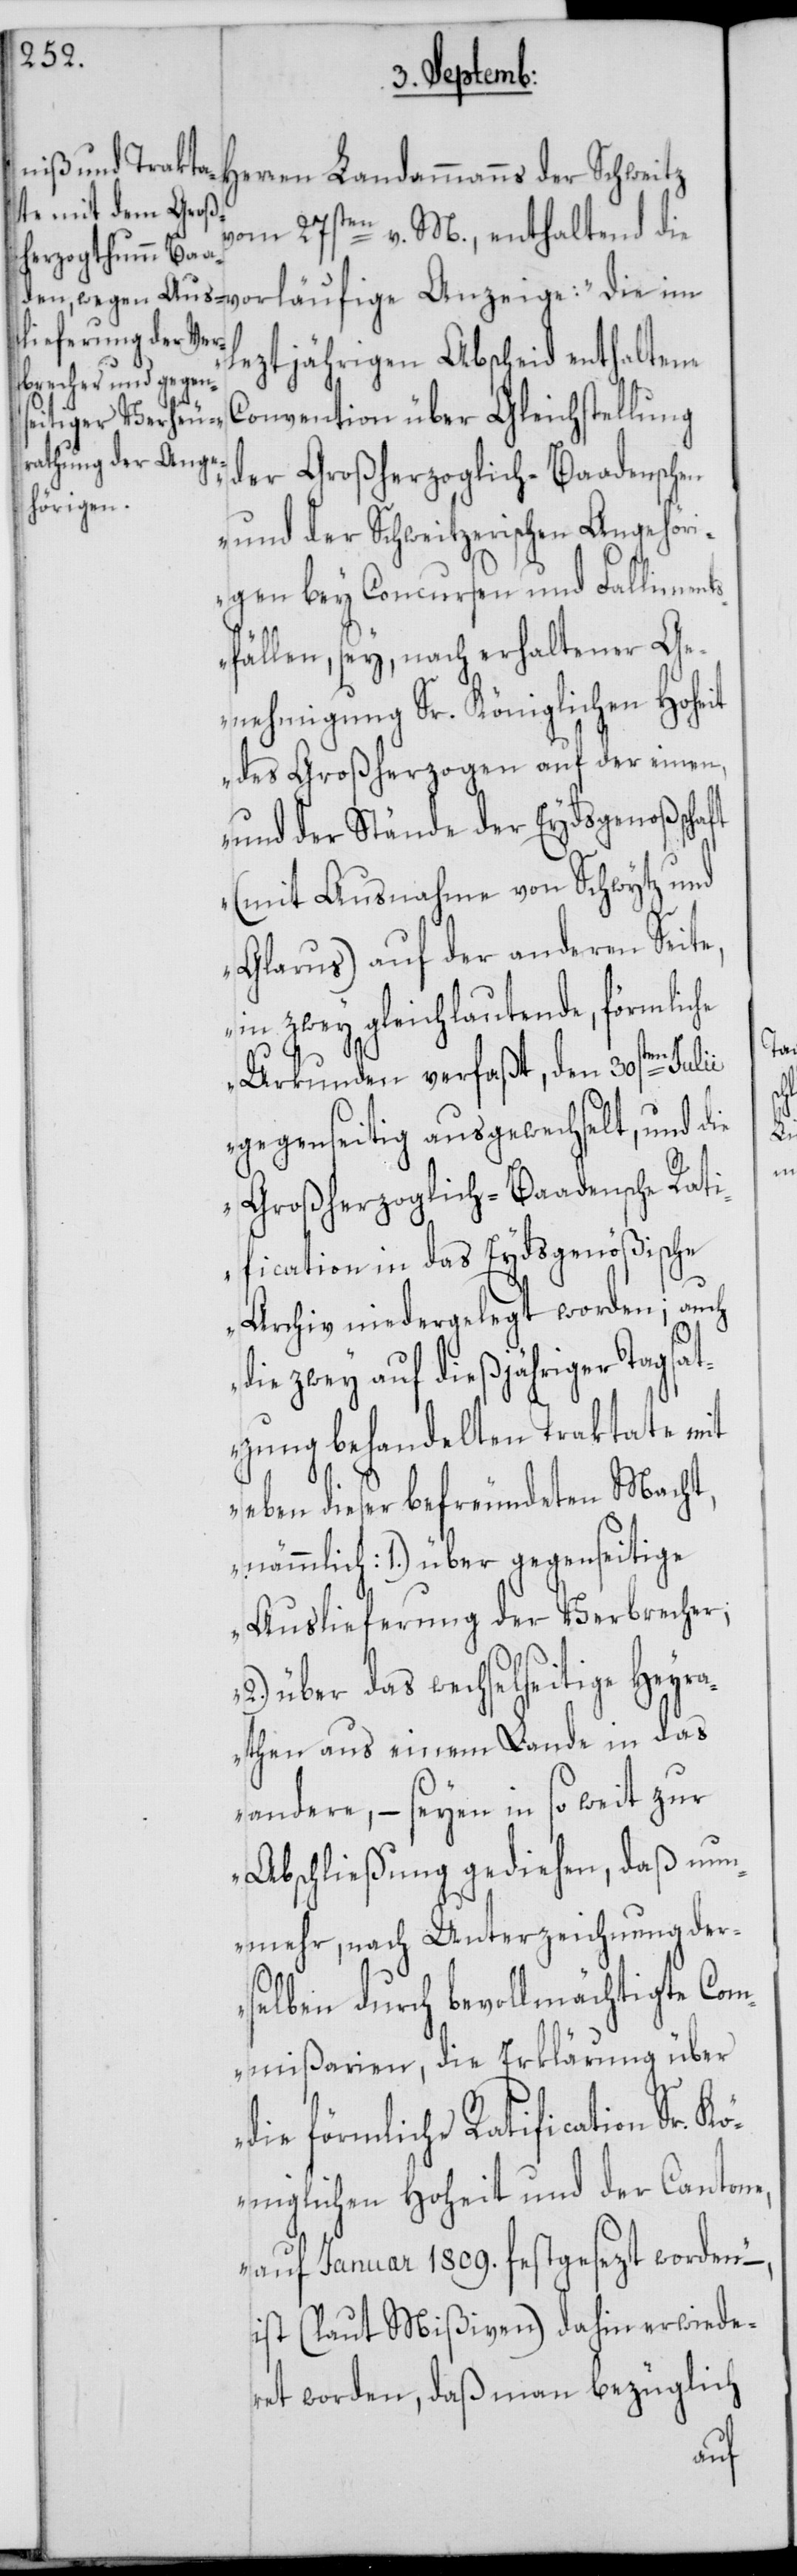
vom 27sten v. M., enthaltend die
leztjährigen Abscheid enthaltene
Convention über Gleichstellung
der Großherzoglich-Baadenschen
und der Schweitzerischen Angehör¬
igen bey Concursen und Falliment¬
sfällen, sey, nach erhaltener Ge¬
nehmigung Sr. Königlichen Hoheit
des Großherzogen auf der einen,
und der Stände der Eydsgenoßschaft
(mit Ausnahme von Schwytz und
Glarus) auf der anderen Seite,
in zwey gleichlautende, förmliche
Urkunden verfaßt, den 30sten
gegenseitig ausgewechselt, und die
Großherzoglich-Baadensche Rati¬
fication in das Eydsgenößische
Archiv niedergelegt worden; auch
die zwey auf dießjähriger Tagsat¬
zung behandelten Traktate mit
eben dieser befreundeten Macht,
nämmlich: 1.) über gegenseitige
Auslieferung der Verbrecher;
2.) über das wechselseitige Heyr¬
athen aus einem Lande in das
andere, – seyen in so weit zur
Abschließung gediehen, daß nun¬
mehr, nach Unterzeichnung der¬
selben durch bevollmächtigte Com¬
mißarien, die Erklärung über
die förmliche Ratification Sr.
Königlichen Hoheit und der Cantone,
auf Januar 1809. festgesezt worden“
ist (laut Mißiven) dahin erwiede¬
ret worden, daß man bezüglich